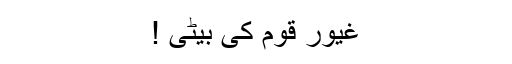
غیور قوم کی بیٹی !